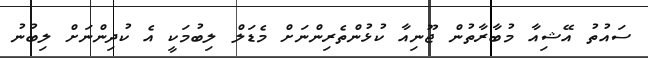
ސައުތު އޭޝިއާ މުބާރާތުން ޖޫނިއާ ކުޅުންތެރިންނަށް މެޑަލް ލިބުމަކީ އެ ކުދިންނަށް ލިބުނު